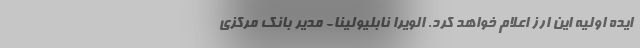
ایده اولیه این ارز اعلام خواهد کرد. الویرا نابلیولینا- مدیر بانک مرکزی